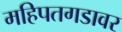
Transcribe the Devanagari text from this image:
महिपतगडावर